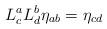
LaTeX: \begin{align*}L_{c}^{a}L_{d}^{b}\eta_{ab}=\eta_{cd}\end{align*}